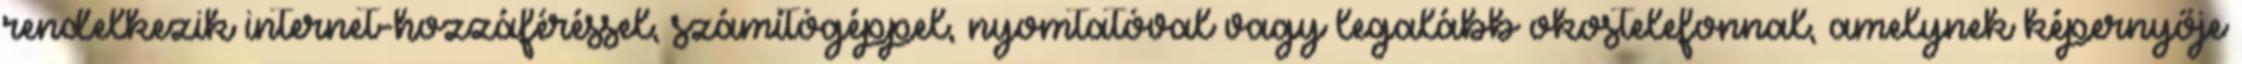
rendelkezik internet-hozzáféréssel, számítógéppel, nyomtatóval vagy legalább okostelefonnal, amelynek képernyője